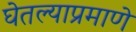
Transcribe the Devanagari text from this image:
घेतल्याप्रमाणे